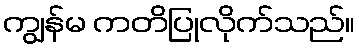
ကျွန်မ ကတိပြုလိုက်သည်။